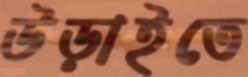
উড়াইতে